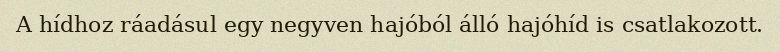
A hídhoz ráadásul egy negyven hajóból álló hajóhíd is csatlakozott.